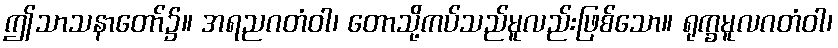
ဤသာသနာတော်၌။ အရညဂတံဝါ၊ တောသို့ကပ်သည်မူလည်းဖြစ်သော။ ရုက္ခမူလဂတံဝါ၊